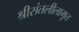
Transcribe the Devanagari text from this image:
श्रीसंतलीलामृत